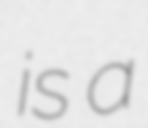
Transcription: is a